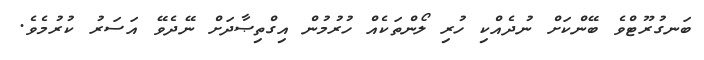
ބަނގުރޫޓްވެ ބޭންކަށް ނުދެއްކި ހުރި ލޯންތަކެއް ހުރުމުން އިގްތިޞާދަށް ނޭދެވޭ އަސަރު ކުރުމެވެ.